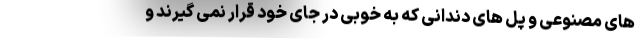
های مصنوعی و پل های دندانی که به خوبی در جای خود قرار نمی گیرند و